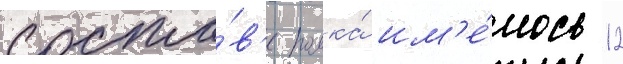
соста́в'е полка́ им'е́лось 12